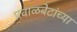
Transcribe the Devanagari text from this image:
प्रवाळबेटांच्या